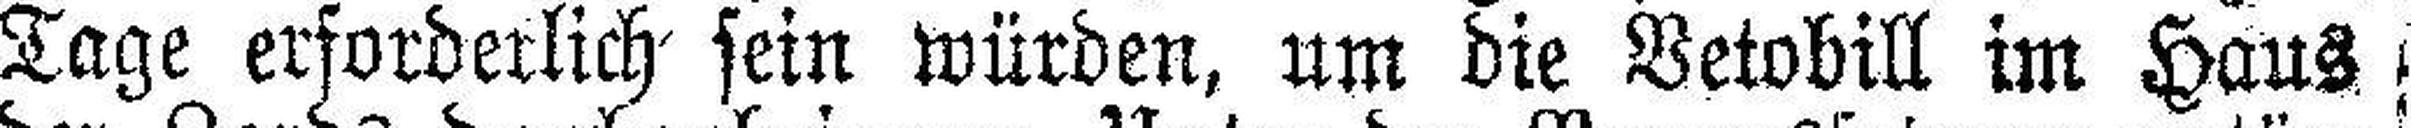
Tage erforderlich sein würden, um die Vetobill im Haus